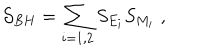
LaTeX: { \cal S } _ { B H } = \sum _ { i = 1 , 2 } S _ { E _ { i } } S _ { M _ { i } } \; ,